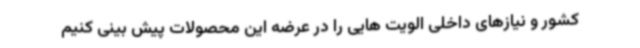
کشور و نیازهای داخلی الویت هایی را در عرضه این محصولات پیش بینی کنیم